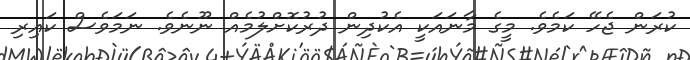
ކުރަން ޖެހޭ ކަމެވެ. މީގެ މާނައަކީ އެކުދިން ދުރުކޮށްލުމެއް ނޫނެވެ. ނަމަވެސް ކައިރި